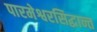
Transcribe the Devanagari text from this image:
पारमेश्वरसिद्धान्त